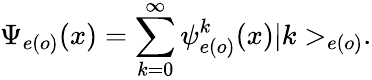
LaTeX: \Psi_{e(o)}(x)=\sum_{k=0}^{\infty}\psi_{e(o)}^{k}(x)|k>_{e(o)}.